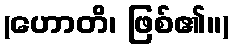
(ဟောတိ၊ ဖြစ်၏။)